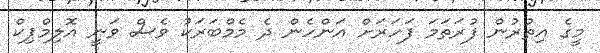
މީގެ އިތުރުން ފުރަތަމަ ފަހަރަށް އަންހެން ދެ މެމްބަރަކު ވެސް ވަނީ އޮލިމްޕިކް